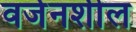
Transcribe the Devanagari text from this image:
वर्जनशील